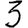
Digit: 3